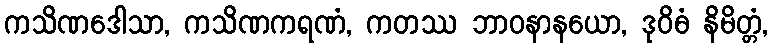
ကသိဏဒေါသာ, ကသိဏကရဏံ, ကတဿ ဘာဝနာနယော, ဒုဝိဓံ နိမိတ္တံ,